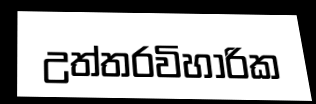
උත්තරවිහාරික